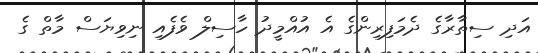
އަދި ސިތާރާގެ ދެމަފިރިންގެ އެ އުއްމީދު ހާސިލް ވެފެއި ނިވިޔަސް މާތް ގެ